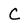
Character: C